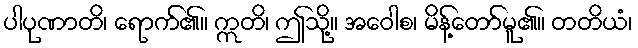
ပါပုဏာတိ၊ ရောက်၏။ ဣတိ၊ ဤသို့။ အဝေါစ၊ မိန့်တော်မူ၏။ တတိယံ၊